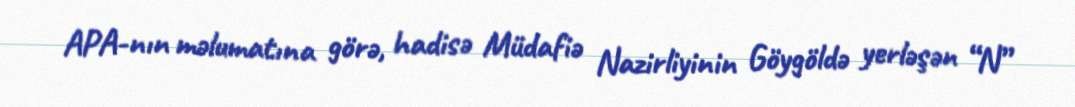
APA-nın məlumatına görə, hadisə Müdafiə Nazirliyinin Göygöldə yerləşən “N”